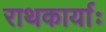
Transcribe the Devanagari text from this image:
राथकार्याः